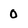
Character: 0